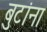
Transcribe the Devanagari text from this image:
बुटांना